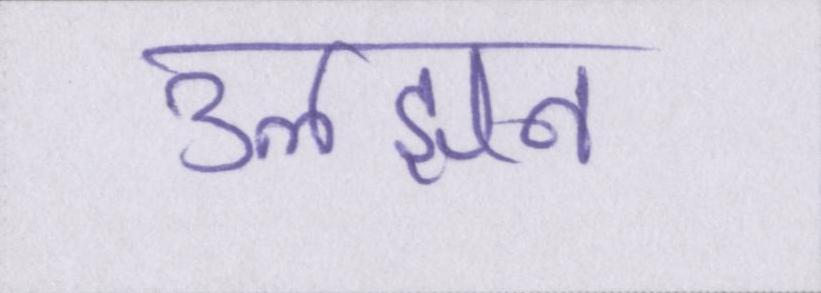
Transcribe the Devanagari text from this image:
उलझन